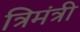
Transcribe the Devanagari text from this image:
त्रिमंत्री